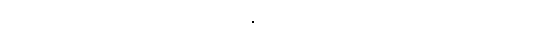
ဝေဒိတဗ္ဗော၊ ၏။) ပဋိညာပဋိဝေဓန္တိအာဒိ၊ ဤသို့ အစရှိသော စကားသည်။